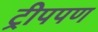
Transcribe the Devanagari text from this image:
ट्रीपपण